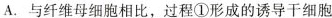
A.与纤维母细胞相比，过程①形成的诱导干细胞